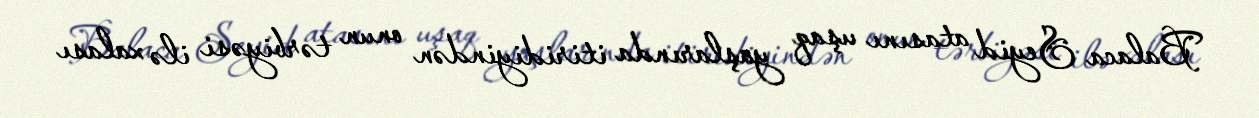
Balaca Seyid atasını uşaq yaşlarında itiridiyindən onun tərbiyəsi ilə xalası